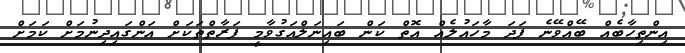
އިންތިހާބެއް ބޭއްވޭނެ ފަދަ މާހައުލެއް އޮތް ކަން ބައިނަލްއަގުވާމީ ފަރާތްތަކަށް އަންގައިދިނުމަށް ކަމަށް